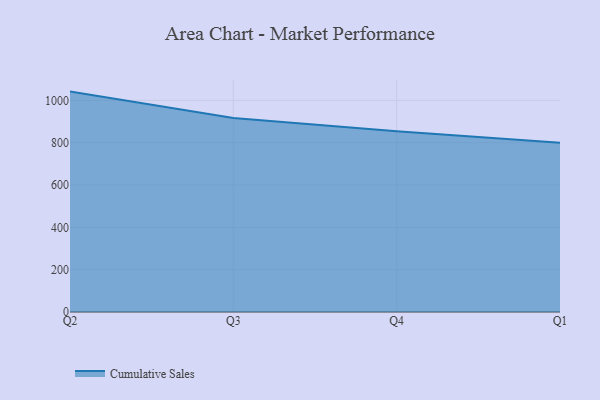
{"axis": {"x": "Quarter", "y": "LTV (USD)"}, "legend": ["Cumulative Sales"], "data": [{"x": "Q2", "y": 1041.5, "type": "Cumulative Sales"}, {"x": "Q3", "y": 917.0, "type": "Cumulative Sales"}, {"x": "Q4", "y": 853.7, "type": "Cumulative Sales"}, {"x": "Q1", "y": 800, "type": "Cumulative Sales"}]}